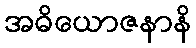
အဓိယောဇနာနိ